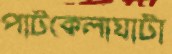
পাটকেলাঘাটা